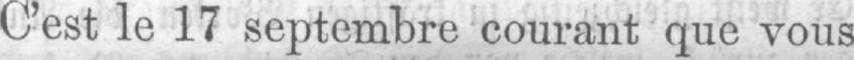
C’est le 17 septembre courant que vous